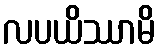
လပယိဿာမိ